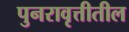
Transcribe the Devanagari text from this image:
पुनरावृत्तीतील